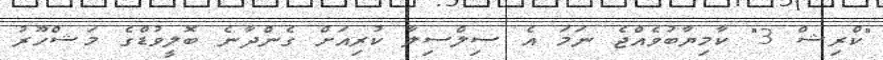
"ކްރިޝް 3" ކާމިޔާބުވެއްޖެ ނަމަ އެ ސިލްސިލާ ކުރިއަށް ގެންދާނެ ބޮލީވުޑްގެ މަޝްހޫރު